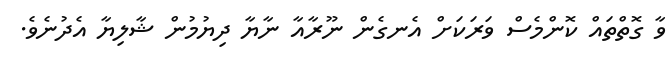
ވާ ގޮތްތައް ކޮންމެސް ވަރަކަށް އެނގެން ނޫރާއާ ނާޔާ ދިޔުމުން ޝާލިޔާ އެދުނެވެ.